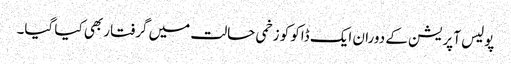
پولیس آپریشن کے دوران ایک ڈاکو کو زخمی حالت میں گرفتار بھی کیا گیا۔